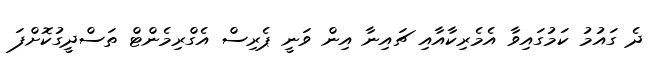
ދެ ގައުމު ކަމުގައިވާ އެމެރިކާއާއި ޗައިނާ އިން ވަނީ ޕެރިސް އެގްރިމެންޓް ތަސްދީގުކޮށްފަ